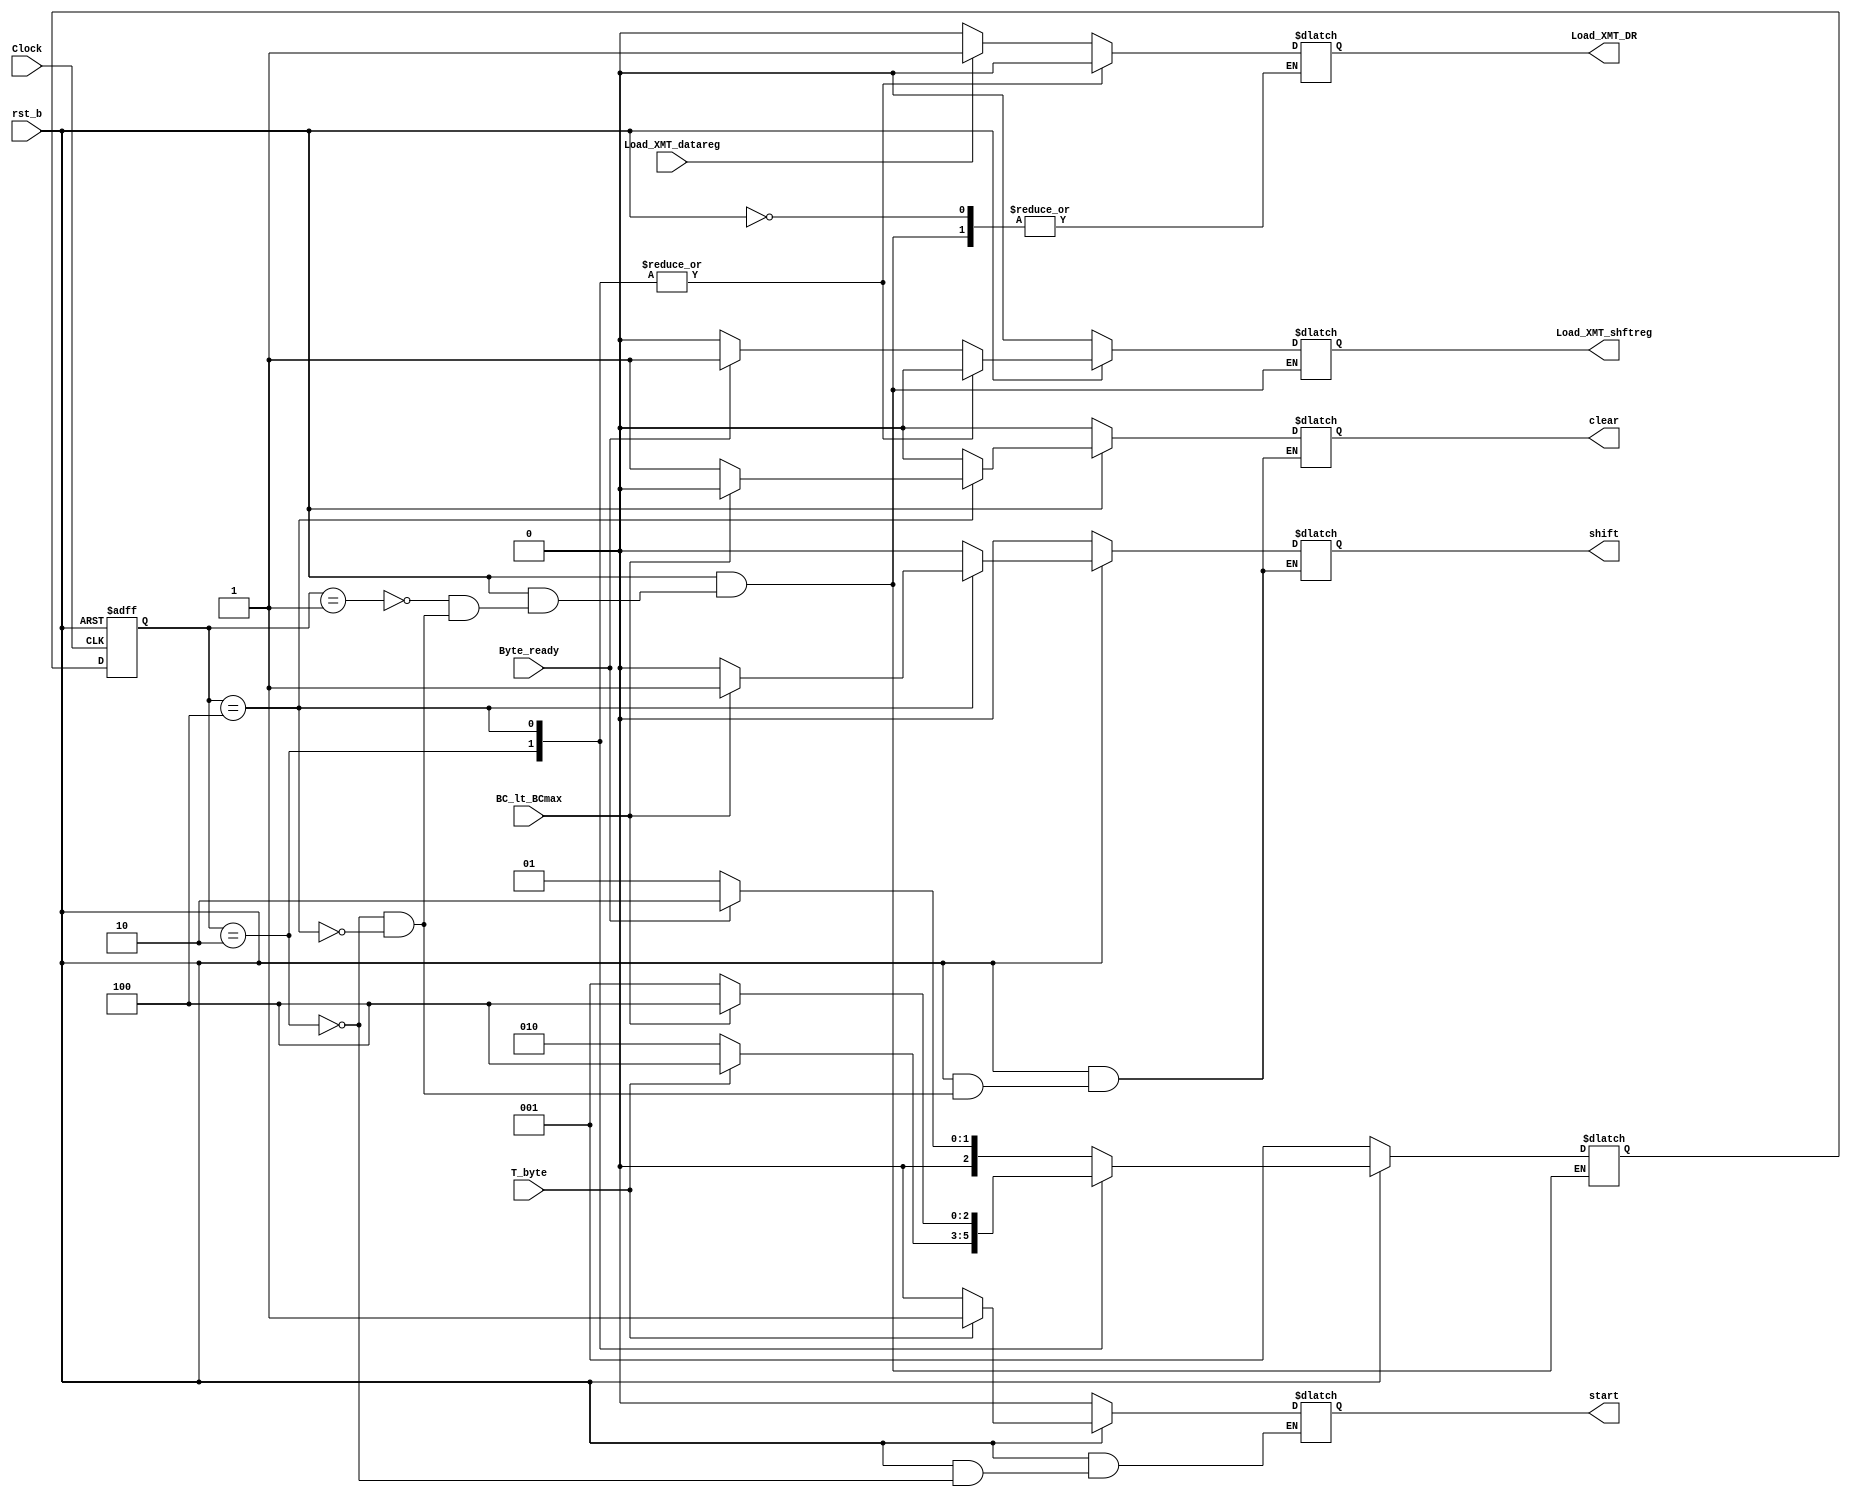
// Module Definition
module Control_Unit (
	Load_XMT_DR,			// Loads Data_Bus into XMT_datareg
	Load_XMT_shftreg,			// Loads XMT_datareg into XMT_shftreg
	start,				// Launches shifting of bits in XMT_shftreg
	shift,				// Shifts bits in XMT_shftreg
	clear,				// Clears bit_count after last bit is sent

	Load_XMT_datareg,			// Asserts Load_XMT_DR in state idle
	Byte_ready,				// Asserts Load_XMT_shftreg in state idle
	T_byte,				// Asserts start signal in state waiting
	BC_lt_BCmax,			// Indicates status of bit counter
	Clock,
	rst_b
	);
	
	// Declare internal parameters (You may use these parameters.)
	parameter       one_hot_count = 3;              // Number of one-hot states
      parameter       state_count = one_hot_count;    // Number of bits in state register
      parameter       size_bit_count = 3;             // Size of the bit counter, e.g., 4
      parameter       idle = 3'b001;                  // one-hot state encoding
      parameter       waiting = 3'b010;
      parameter       sending = 3'b100;
      parameter       all_ones = 9'b1_1111_1111;      // Word + 1 extra bit

      // Declare input/output
	output          Load_XMT_DR;                    // Loads Data_Bus into XMT_datareg
      output          Load_XMT_shftreg;               // Loads XMT_datareg into XMT_shftreg
      output          start;                          // Launches shifting of bits in XMT_shftreg
      output          shift;                          // Shifts bits in XMT_shftreg
      output          clear;                          // Clears bit_count after last bit is sent
	reg		    Load_XMT_DR, Load_XMT_shftreg, start, shift, clear;

      input           Load_XMT_datareg;               // Asserts Load_XMT_DR in state idle
      input           Byte_ready;                     // Asserts Load_XMT_shftreg in state idle
      input           T_byte;                         // Asserts start signal in state waiting
      input           BC_lt_BCmax;                    // Indicates status of bit counter
      input           Clock;
      input           rst_b;

	// Declare internal reg variable
	reg [state_count-1:0]	state, next_state;	// State machine controller

	// Control Unit for UART Transmitter
	always @ (Load_XMT_datareg or Byte_ready or T_byte or BC_lt_BCmax or rst_b)
	begin
		// -----------------------------------
		if(~rst_b)
			begin
			next_state = idle;
			Load_XMT_shftreg = 0;
			start = 0;
			shift = 0;
			clear = 0;
			end
		else
			begin
			case (state)
				idle:
					begin
					if(Load_XMT_datareg)
						begin
						Load_XMT_DR = 1;
						end

					else
						begin
						Load_XMT_DR = 0;
						end

					if(Byte_ready) 
						begin
						Load_XMT_shftreg = 1;
						next_state = waiting;
						end

					else
						begin
						Load_XMT_shftreg = 0;	
						next_state = idle;
						end
					end

				waiting: 
					begin
					shift = 0;
					clear = 0;
					Load_XMT_shftreg = 0;
					Load_XMT_DR = 0;

					if (T_byte)
						begin
						start = 1;
						next_state = sending;
						end
			
					else
						begin
						next_state = waiting;
						start = 0;
						end
					end

				sending:
					begin
					
					Load_XMT_DR = 0;
					Load_XMT_shftreg = 0;
	
					if (BC_lt_BCmax)
						begin
						shift = 1;
						next_state = sending;
						clear = 0;
						end
					
					else
						begin
						clear = 1;
						shift = 0;
						next_state = idle;
						end
					end
			endcase
		end
		// -----------------------------------
	end

	// Sequential Block
	always @ (posedge Clock or negedge rst_b) 
	begin
		if(rst_b == 1'b0)
			state <= idle;
		else
			state <= next_state;
	end
endmodule